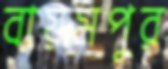
বায়মপুর